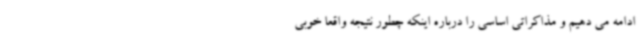
ادامه می دهیم و مذاکراتی اساسی را درباره اینکه چطور نتیجه واقعا خوبی